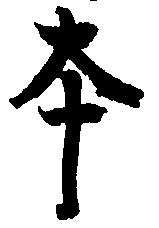
本